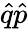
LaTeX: {\hat{q}}{\hat{p}}